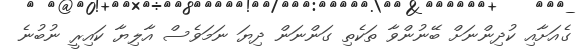
ގެއަށާއި ކުދިންނަށް ބޭނުންވާ ތަކެތި ގަންނަން ދިޔަ ނަމަވެސް އާލިޔާ ކައިރީ ނުބުނެ